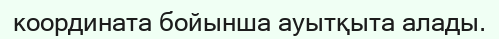
координата бойынша ауытқыта алады.